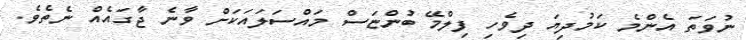
ނުވަތަ އެންމެ ކަމުދިޔަ ދިވެހި ފިލްމޭ ބުންޏަސް މައްސަލައަކަށް ވާނެ ޖާގައެއް ނެތެވެ.